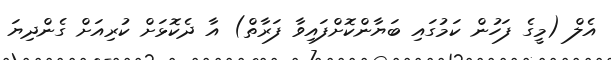
އެލް (މީގެ ފަހުން ކަމުގައި ބަޔާންކޮށްފައިވާ ފަރާތް) އާ ދެކޮޅަށް ކުރިއަށް ގެންދިޔަ